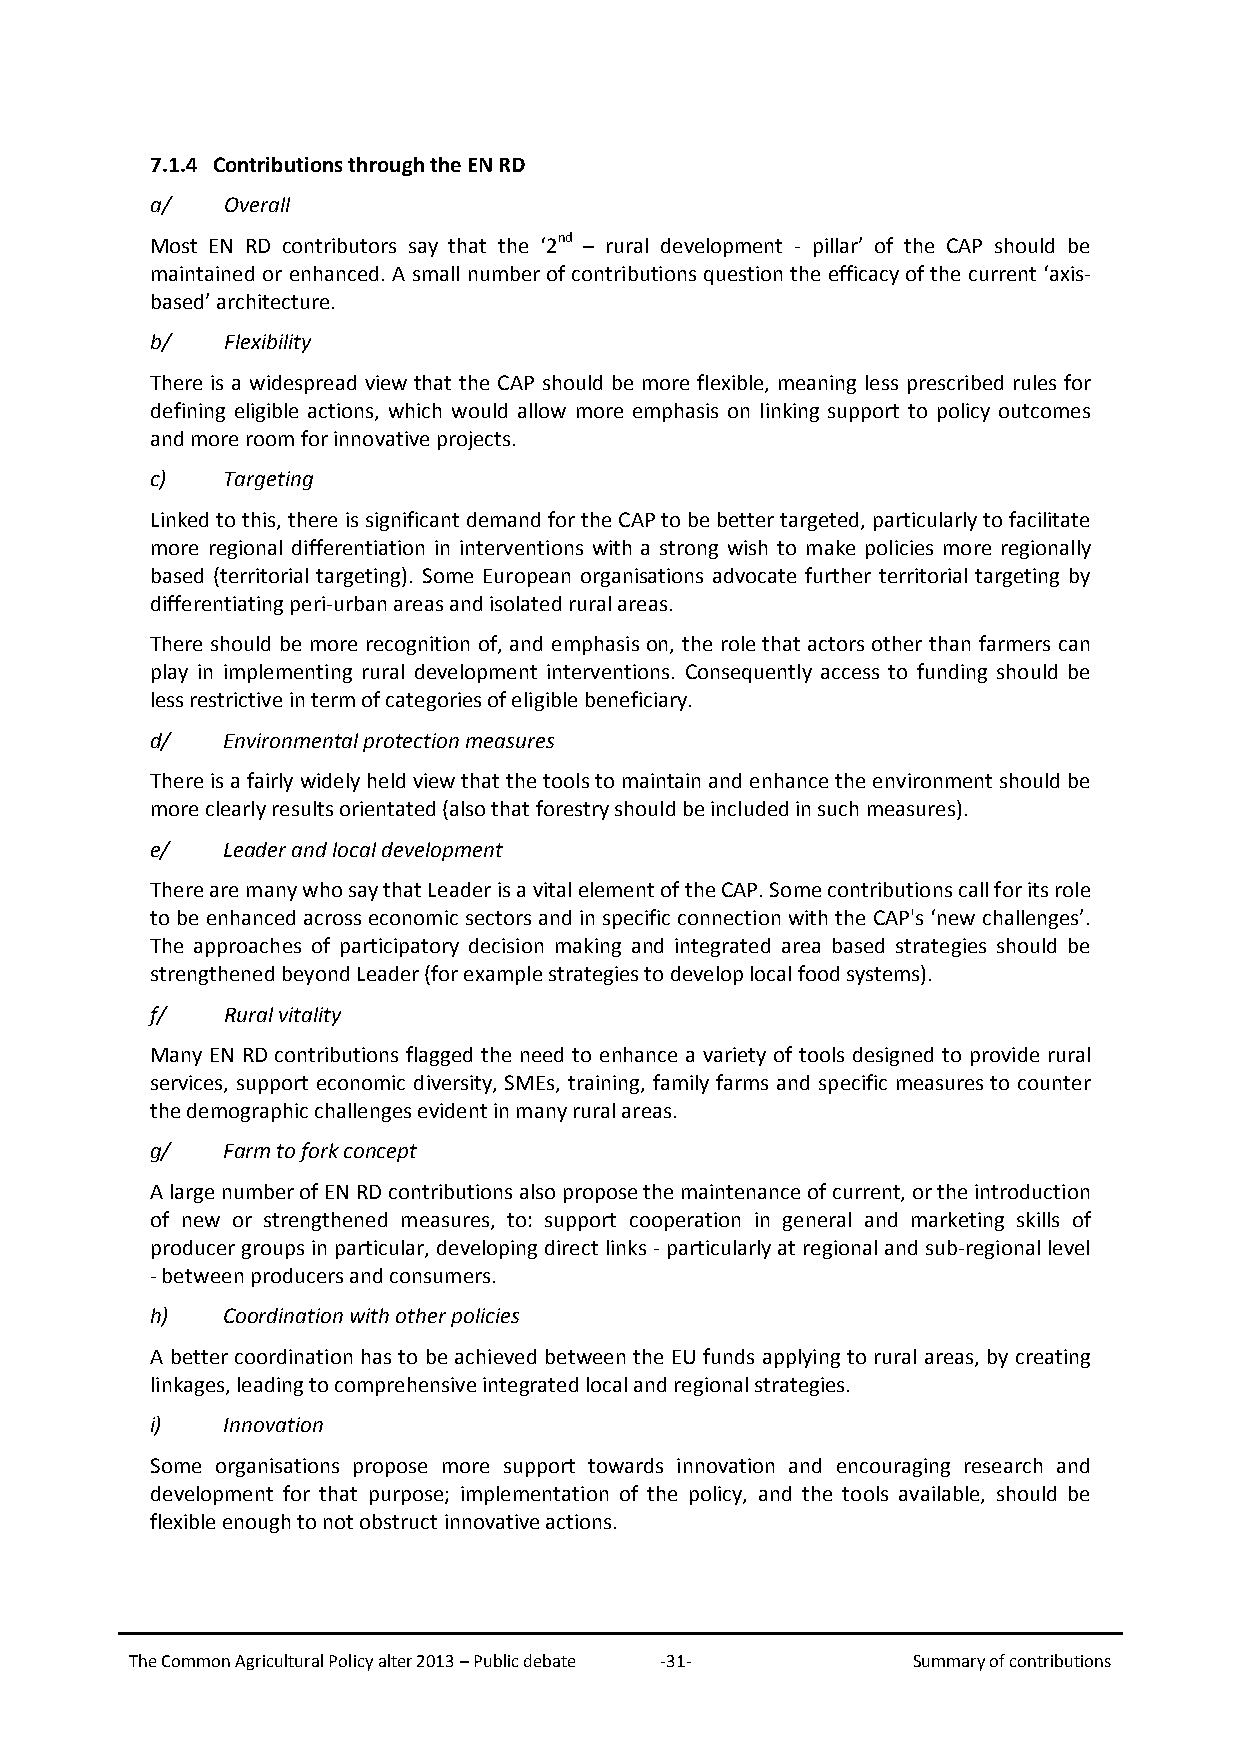
7.1.4 Contributions through the EN RD
 a/   Overall
 Most EN RD contributors say that the ‘2nd – rural development - pillar’ of the CAP should be
 maintained or enhanced. A small number of contributions question the efficacy of the current ‘axis-
 based’ architecture.
 b/   Flexibility
 There is a widespread view that the CAP should be more flexible, meaning less prescribed rules for
 defining eligible actions, which would allow more emphasis on linking support to policy outcomes
 and more room for innovative projects.
 c)   Targeting
 Linked to this, there is significant demand for the CAP to be better targeted, particularly to facilitate
 more regional differentiation in interventions with a strong wish to make policies more regionally
 based (territorial targeting). Some European organisations advocate further territorial targeting by
 differentiating peri-urban areas and isolated rural areas.
 There should be more recognition of, and emphasis on, the role that actors other than farmers can
 play in implementing rural development interventions. Consequently access to funding should be
 less restrictive in term of categories of eligible beneficiary.
 d/   Environmental protection measures
 There is a fairly widely held view that the tools to maintain and enhance the environment should be
 more clearly results orientated (also that forestry should be included in such measures).
 e/   Leader and local development
 There are many who say that Leader is a vital element of the CAP. Some contributions call for its role
 to be enhanced across economic sectors and in specific connection with the CAP's ‘new challenges’.
 The approaches of participatory decision making and integrated area based strategies should be
 strengthened beyond Leader (for example strategies to develop local food systems).
 f/   Rural vitality
 Many EN RD contributions flagged the need to enhance a variety of tools designed to provide rural
 services, support economic diversity, SMEs, training, family farms and specific measures to counter
 the demographic challenges evident in many rural areas.
 g/   Farm to fork concept
 A large number of EN RD contributions also propose the maintenance of current, or the introduction
 of new or strengthened measures, to: support cooperation in general and marketing skills of
 producer groups in particular, developing direct links - particularly at regional and sub-regional level
 - between producers and consumers.
 h)   Coordination with other policies
 A better coordination has to be achieved between the EU funds applying to rural areas, by creating
 linkages, leading to comprehensive integrated local and regional strategies.
 i)   Innovation
 Some organisations propose more support towards innovation and encouraging research and
 development for that purpose; implementation of the policy, and the tools available, should be
 flexible enough to not obstruct innovative actions.
 The Common Agricultural Policy alter 2013 – Public debate -31- Summary of contributions